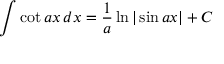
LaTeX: \int \cot a x \, d x = { \frac { 1 } { a } } \ln | \sin a x | + C